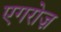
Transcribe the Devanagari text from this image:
एगरोज़